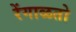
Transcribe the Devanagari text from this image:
रेंगाळतो